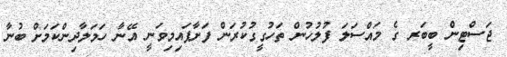
ޖަސްޓިން ބީބަރ ގެ މައްސަލަ ފުލުހުން ތަހުގީގުކުރަން ފަށާފައިމިވަނީ އޭނާ ހަމަލާދިންކަމަށް ބުނާ